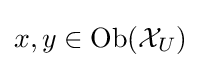
x,y\in \operatorname {Ob} ({\mathcal {X}}_{U})